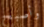
وأصبح